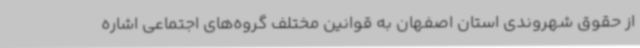
از حقوق شهروندی استان اصفهان به قوانین مختلف گروه‌های اجتماعی اشاره